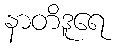
နာတိဒူရေ